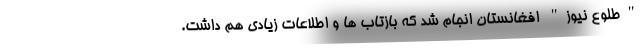
"طلوع نیوز" افغانستان انجام شد که بازتاب ها و اطلاعات زیادی هم داشت.